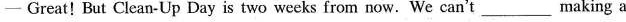
—Great!But Clean-Up Day is two weeks from now.We can't___making a